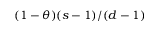
( 1 - \theta ) ( s - 1 ) / ( d - 1 )